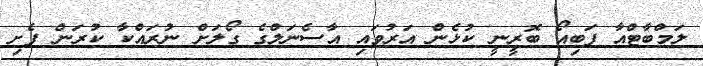
ލަމްބާޓްއާ ފަބިއޯ ބޮރީނީ ކުޅެން އަރުވައި އާސެނަލްގެ ގޯލަށް ނުރައްކާ ކުރަން ފެށި